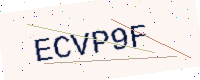
Text: ECVP9F